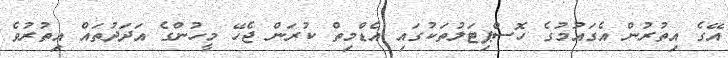
އޭގެ އިތުރުން އެގައުމުގެ ހޮސްޕިޓަލުތަކުގައި އެޑްމިތް ކުރަން ޖެހޭ މީހުންގެ އަދަދުތައް އިތުރުވެ